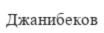
Джанибеков